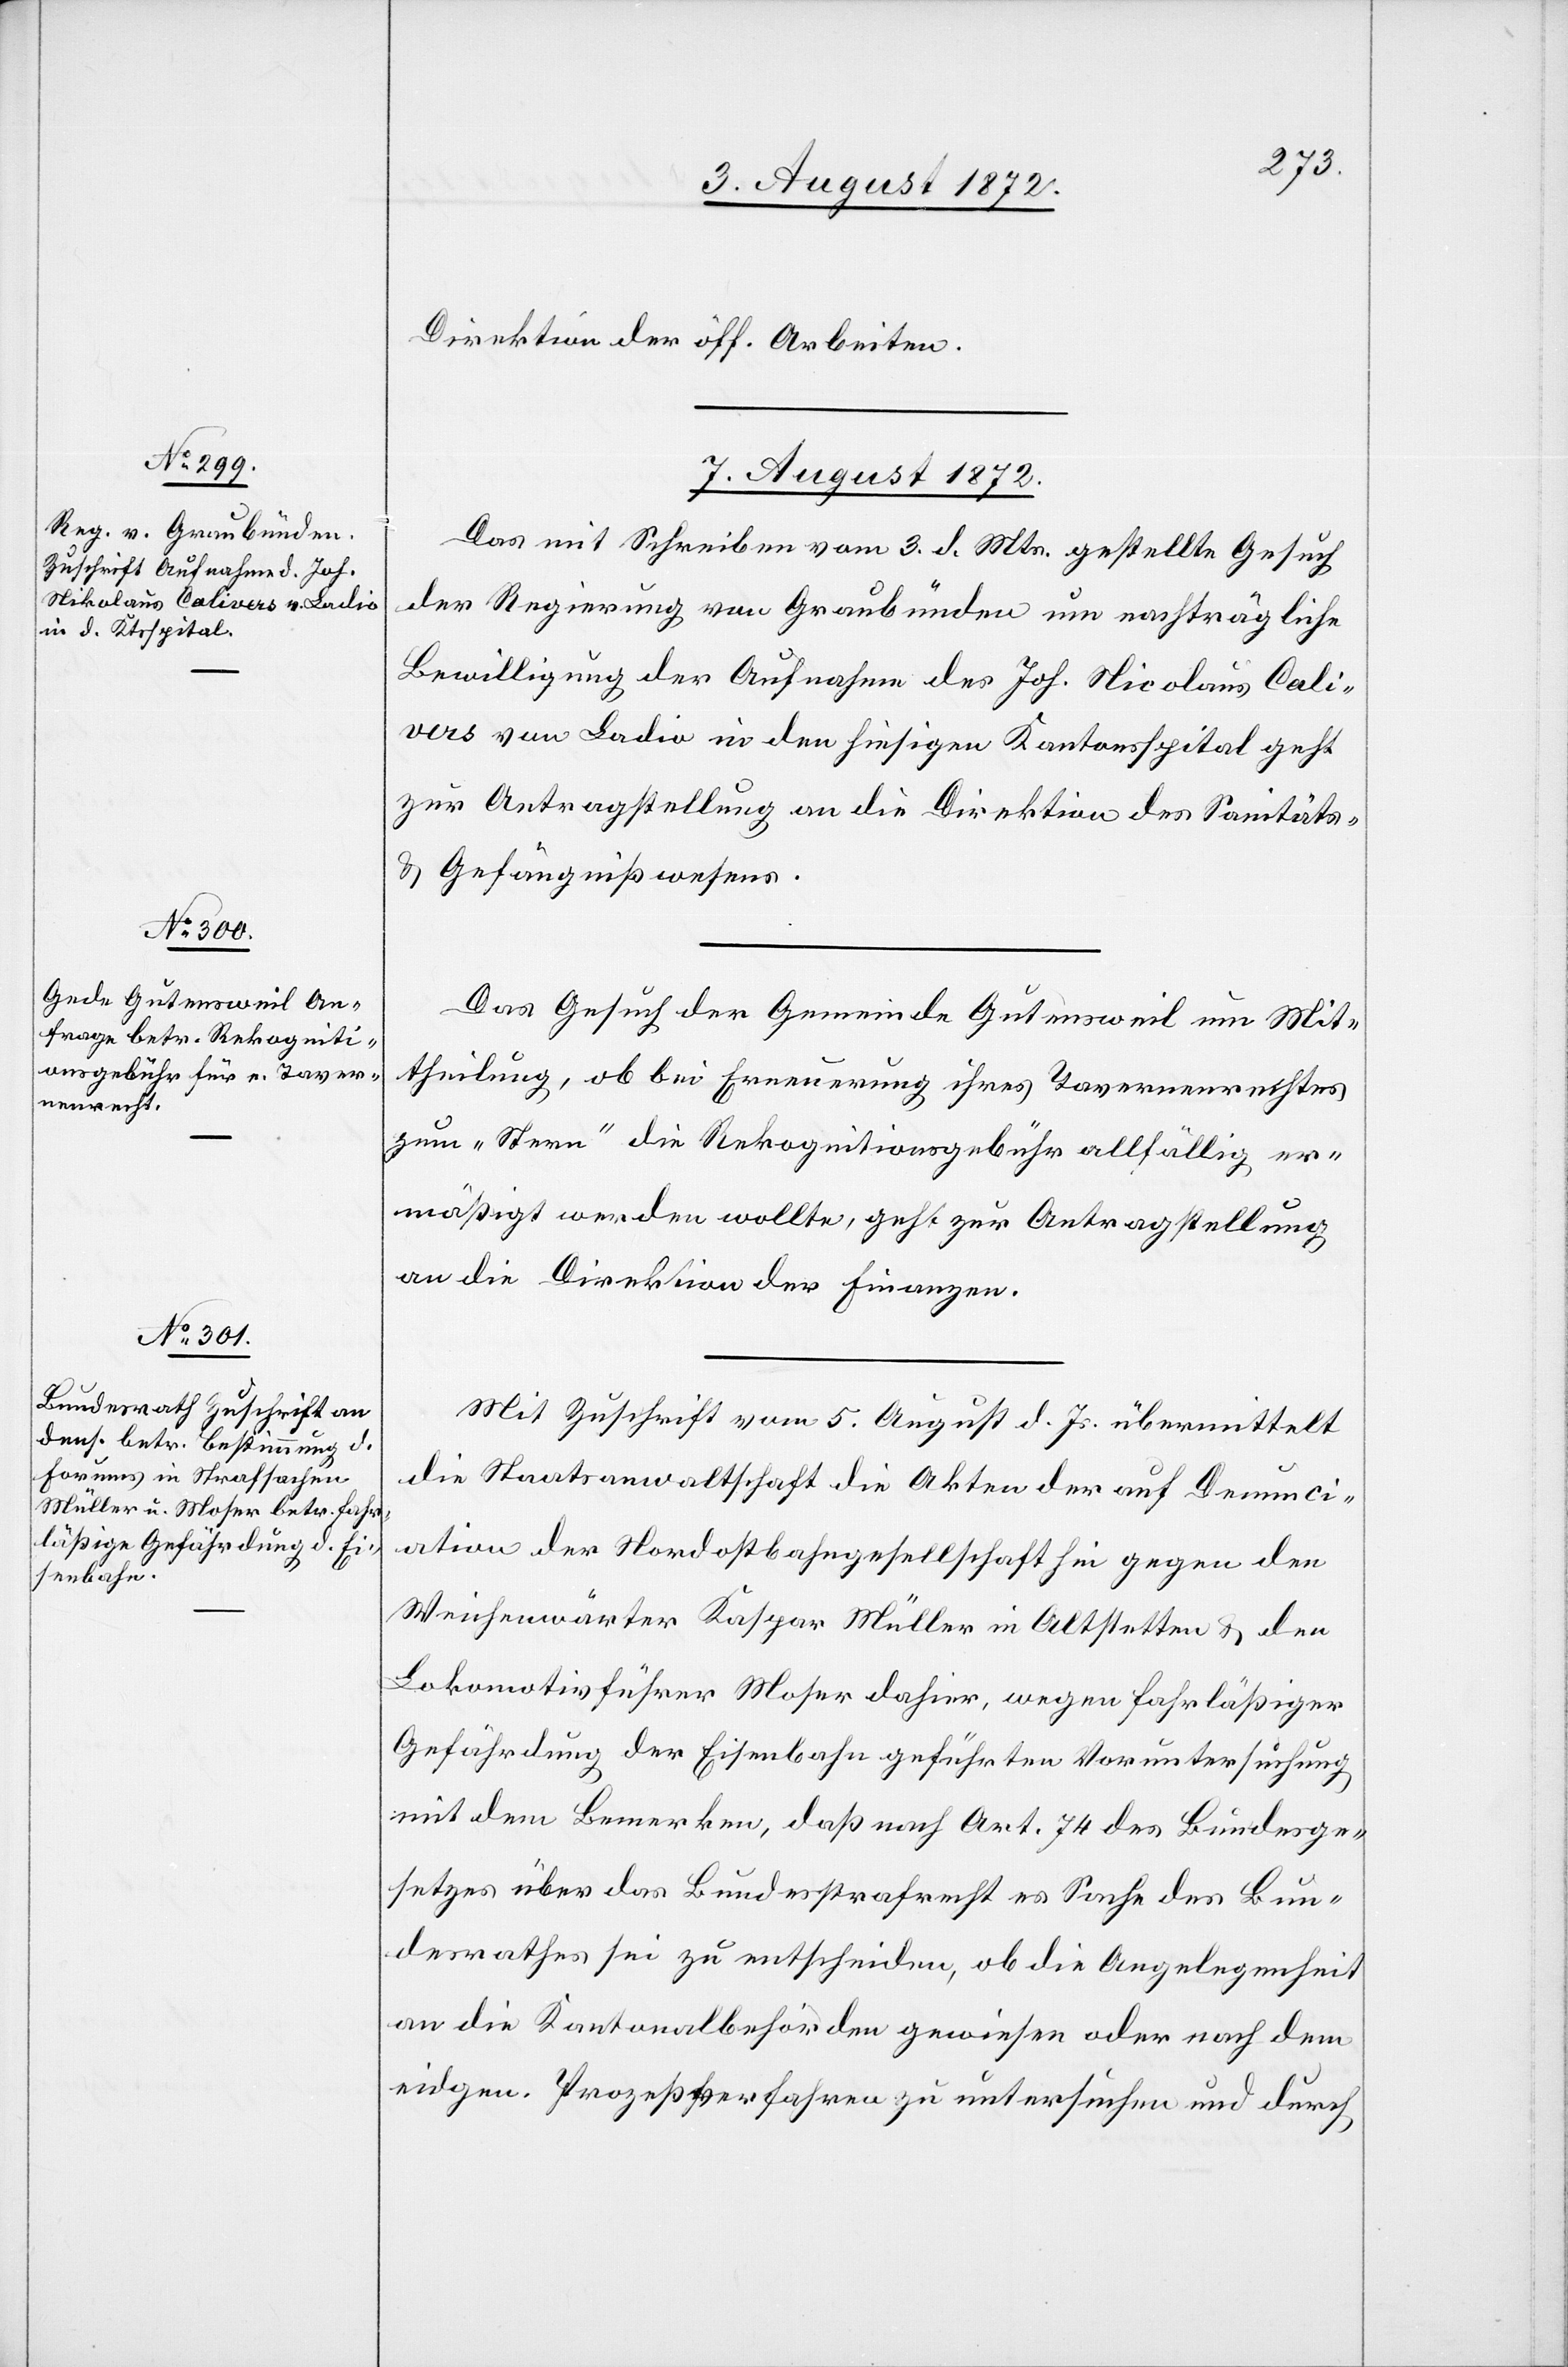
Direktion der öff. Arbeiten.
7. August 1872.]
Das mit Schreiben vom 3. d. Mts. gestellte Gesuch
der Regierung von Graubünden um nachträgliche
Bewilligung der Aufnahme des Joh. Nicolaus [sic!]
Calivas von Ladio in den hiesigen Kantonsspital geht
zur Antragstellung an die Direktion des Sanitäts-
u. Gefängnißwesens.
Das Gesuch der Gemeinde Gutensweil um Mit¬
theilung, ob bei Erneuerung ihres Tavernenrechtes
zum „Stern“ die Rekognitionsgebühr allfällig er¬
mäßigt werden wollte, geht zur Antragstellung
an die Direktion der Finanzen.
Mit Zuschrift vom 5. August d. Js. übermittelt
die Staatsanwaltschaft die Akten der auf Denunci¬
ation der Nordostbahngesellschaft hin gegen den
Weichenwärter Kaspar Müller in Altstetten u. den
Lokomotivführer Moser dahier, wegen fahrläßiger
Gefährdung der Eisenbahn geführten Voruntersuchung
mit dem Bemerken, daß nach Art. 74 des Bundesge¬
setzes über das Bundesstrafrecht es Sache des Bun¬
desrathes sei zu entscheiden, ob die Angelegenheit
an die Kantonalbehörden gewiesen oder nach dem
eidgen. Prozeßverfahren zu untersuchen und durch